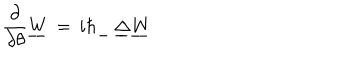
LaTeX: { \frac { \partial } { \partial \theta } } \underline { { W } } \, = \, i \hbar \underline { { \, } } \, \underline { { \Delta } } \underline { { W } }